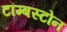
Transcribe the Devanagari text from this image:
टॉम्बस्टोन